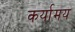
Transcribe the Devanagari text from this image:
कर्यामय